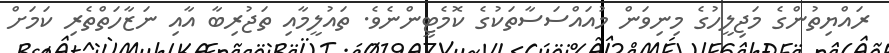
ރައްޔިތުންގެ މަޖިލީހުގެ މިނިވަން މުއައްސަސާތަކުގެ ކޮމެޓީންނެވެ. ތައުލީމާއި ތަޖުރިބާ އާއި ނަޒާހަތްތެރި ކަމަށް